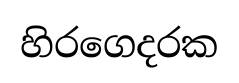
හිරගෙදරක